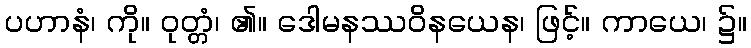
ပဟာနံ၊ ကို။ ဝုတ္တံ၊ ၏။ ဒေါမနဿဝိနယေန၊ ဖြင့်။ ကာယေ၊ ၌။